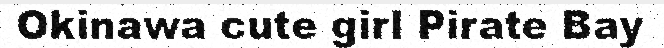
Okinawa cute girl Pirate Bay